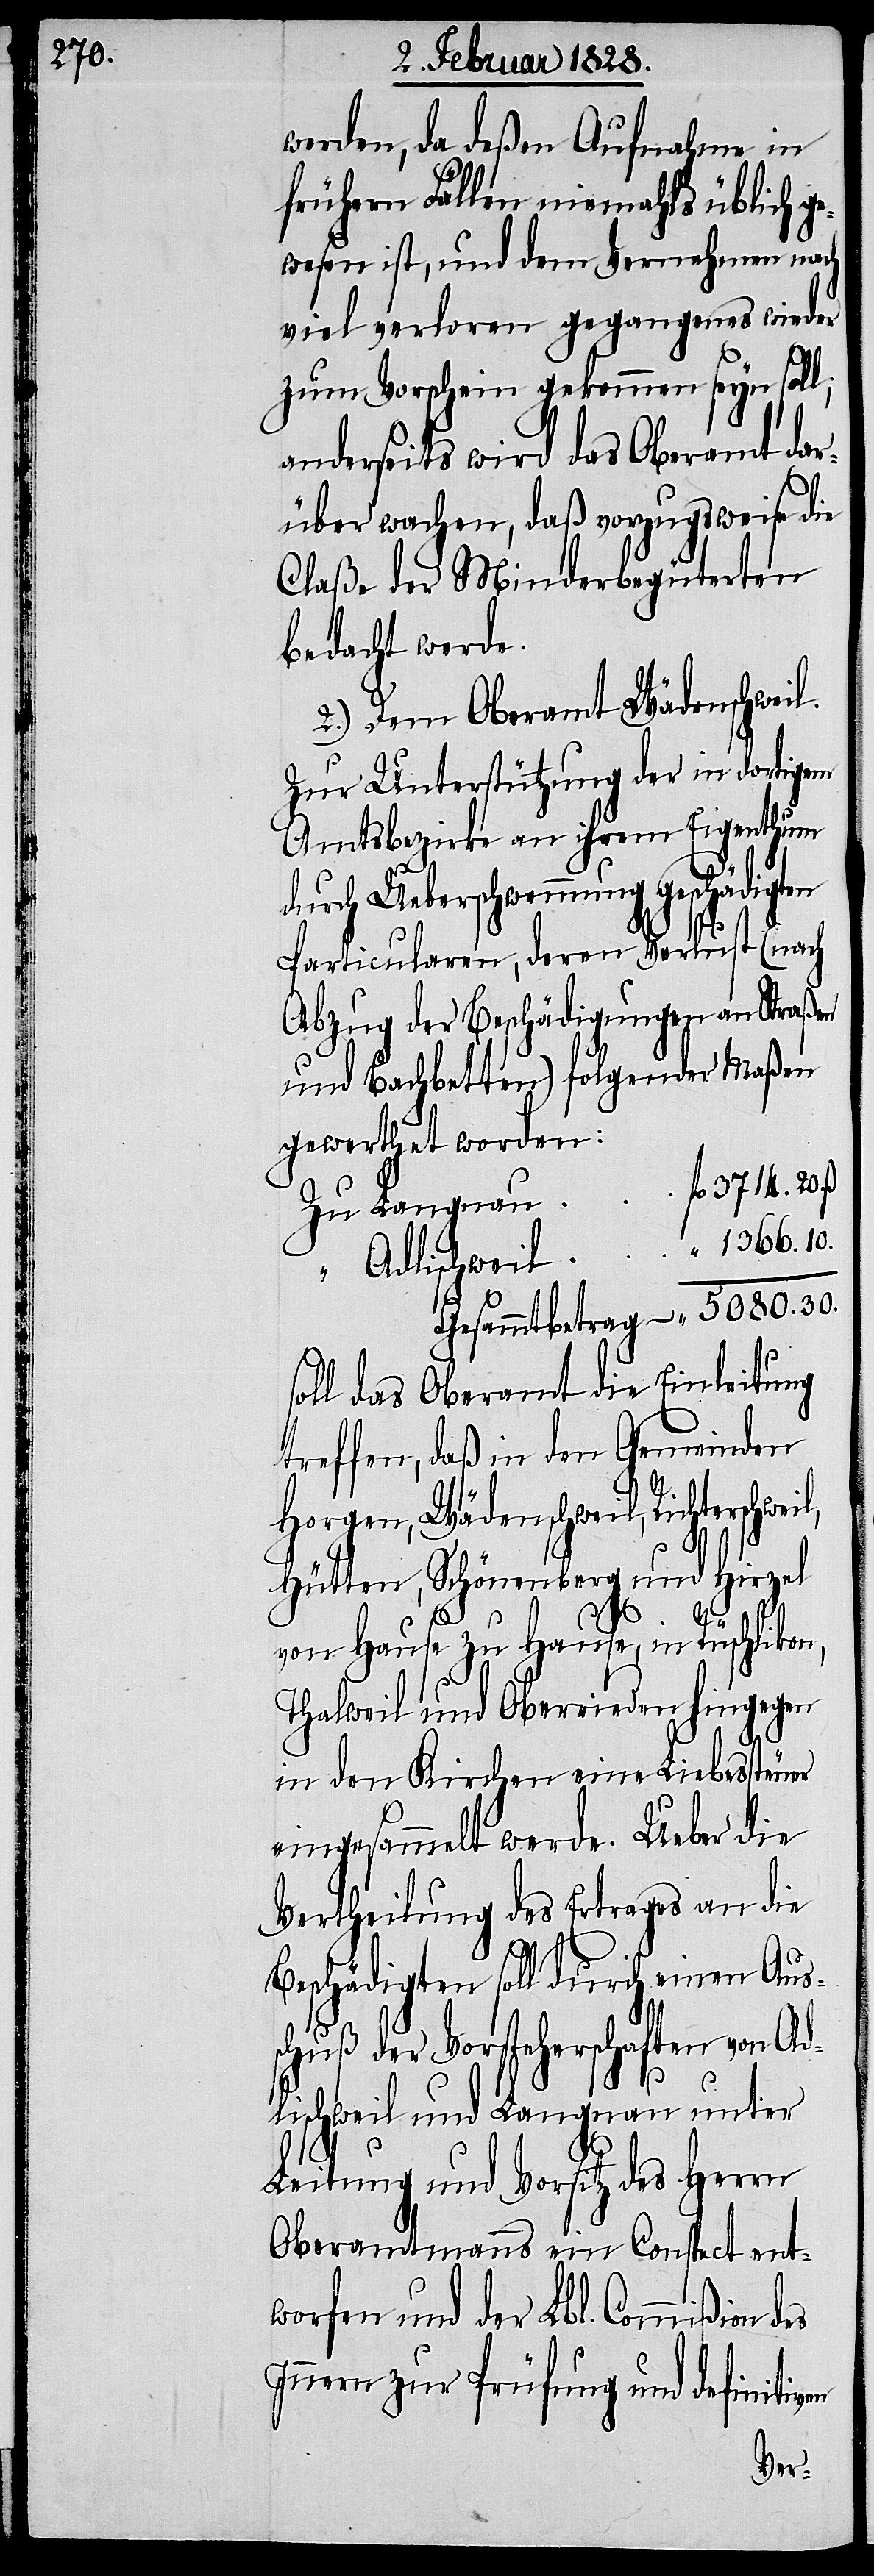
werden, da deßen Aufnahme in
frühern Fällen niemahls üblich g¬
ewesen ist, und dem Vernehmen nach
viel verloren gegangenes wieder
zum Vorschein gekommen seyn soll;
anderseits wird das Oberamt dar¬
über wachen, daß vorzugsweise die
Claße der Minderbegüterten
bedacht werde.
2.) Dem Oberamt Wädenschweil.
Zur Unterstützung der in dortigem
Amtsbezirke an ihrem Eigenthum
durch Ueberschwemmung geschädigten
Particularen, deren Verlust (nach
Abzug der Beschädigungen an Straßen
und Bachbetten) folgender Maßen
gewerthet worden:
3714. 20.
ven
“ Adlischweil	 “ 1366. 10.
Gesammtbetrag	 “ 5080. 30.
oll das Oberamt die Einleitung
treffen, daß in den Gemeinden
Horgen, Wädenschweil, Richterschwei¬
Hütten, Schönenberg und Hirzel
von Hause zu Hause, in Rüschlikon,
Thalweil und Oberrieden hingegen
in den Kirchen eine Liebessteuer
eingesammelt werde. Ueber die
Vertheilung des Ertrages an die
Beschädigten soll durch einen Aus¬
chuß der Vorsteherschaften von Ad¬
des
lischweil und Langnau unter
Leitung und Vorsitz des Herrn
Oberamtmanns ein Conspect ent¬
worfen und der Lbl. Commißion
Innern zur Prüfung und definiti¬